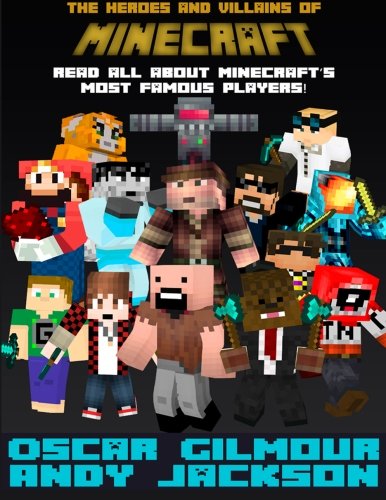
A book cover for The Heroes and Villains of Minecraft; Oscar Gilmour; Humor & Entertainment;